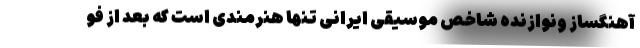
آهنگساز ونوازنده شاخص موسیقی ایرانی تنها هنرمندی است که بعد از فو